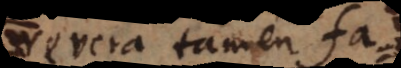
e,revera tamen fa